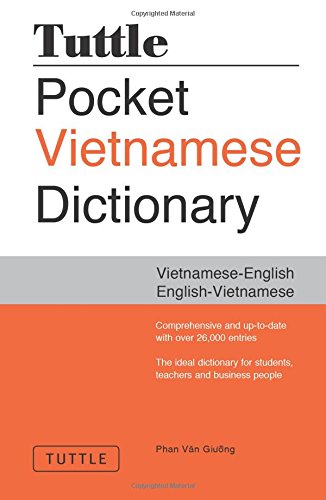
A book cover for Tuttle Pocket Vietnamese Dictionary: Vietnamese-English English-Vietnamese; Phan Van Giuong; Travel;